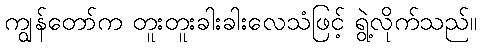
ကျွန်တော်က တူးတူးခါးခါးလေသံဖြင့် ရွဲ့လိုက်သည်။